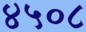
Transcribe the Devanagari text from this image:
४५०८